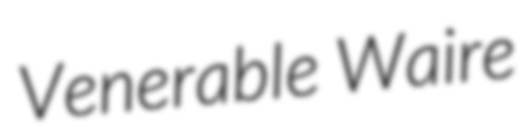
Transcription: Venerable Waire